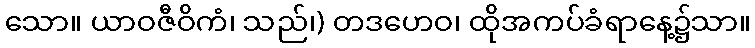
သော။ ယာဝဇီဝိကံ၊ သည်၊) တဒဟေဝ၊ ထိုအကပ်ခံရာနေ့၌သာ။